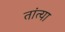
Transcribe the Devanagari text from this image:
तांत्‍या